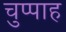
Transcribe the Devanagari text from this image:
चुप्पाह